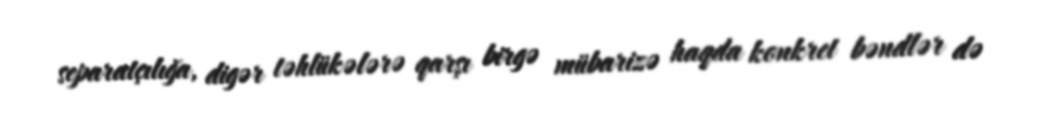
separatçılığa, digər təhlükələrə qarşı birgə mübarizə haqda konkret bəndlər də